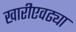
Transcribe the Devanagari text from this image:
खारीएवढ्या